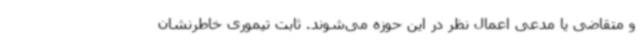
و متقاضی یا مدعی اعمال نظر در این حوزه می‌شوند. ثابت تیموری خاطرنشان